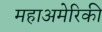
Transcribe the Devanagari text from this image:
महाअमेरिकी